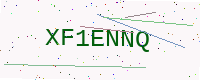
Text: XF1ENNQ